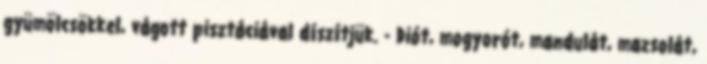
gyümölcsökkel, vágott pisztáciával díszítjük. - Diót, mogyorót, mandulát, mazsolát,